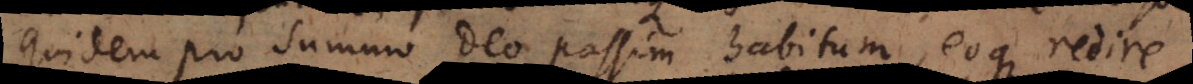
quidem pro summo Deo passim habitum, eoque redire